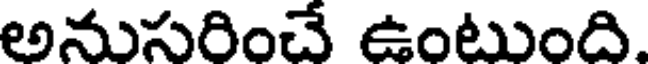
అనుసరించే ఉంటుంది.